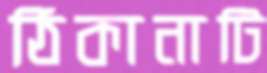
ঠিকানাটি